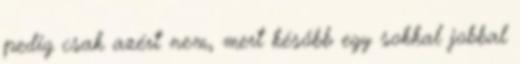
pedig csak azért nem, mert később egy sokkal jobbal